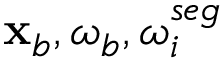
{ \mathbf { x } } _ { b } , { \boldsymbol { \omega } _ { b } } , { \boldsymbol { \omega } _ { i } ^ { s e g } }